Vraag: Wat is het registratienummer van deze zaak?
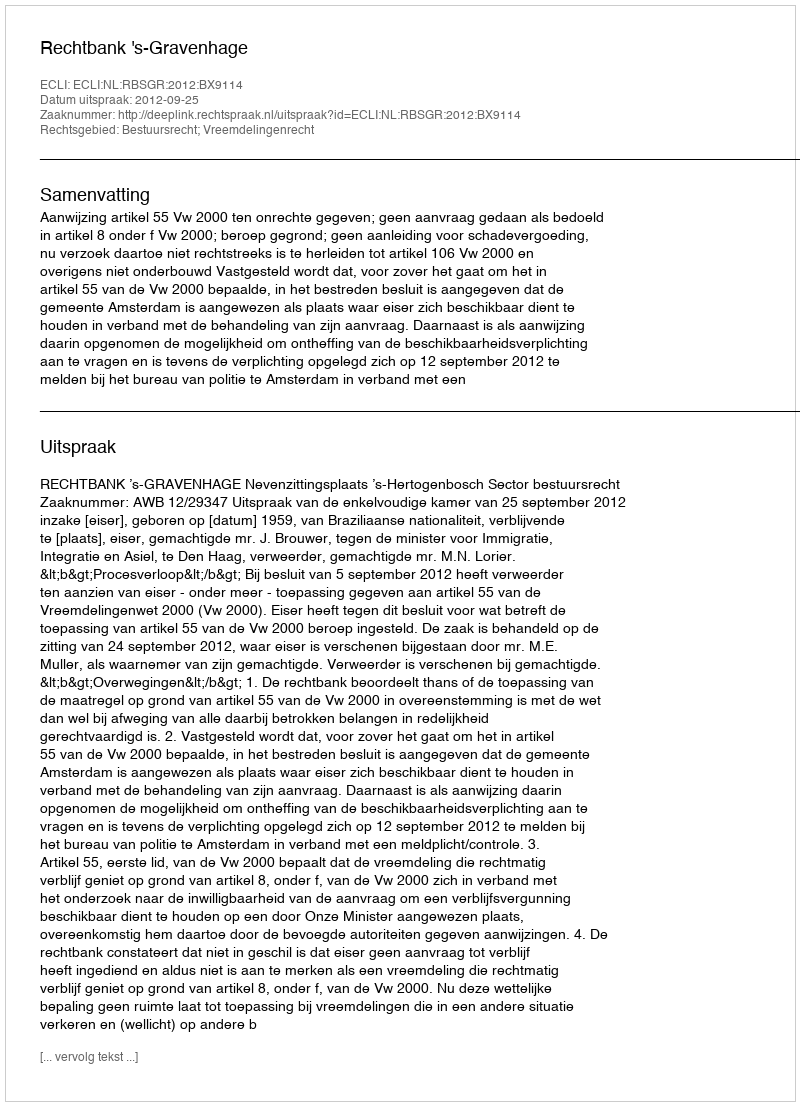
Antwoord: http://deeplink.rechtspraak.nl/uitspraak?id=ECLI:NL:RBSGR:2012:BX9114